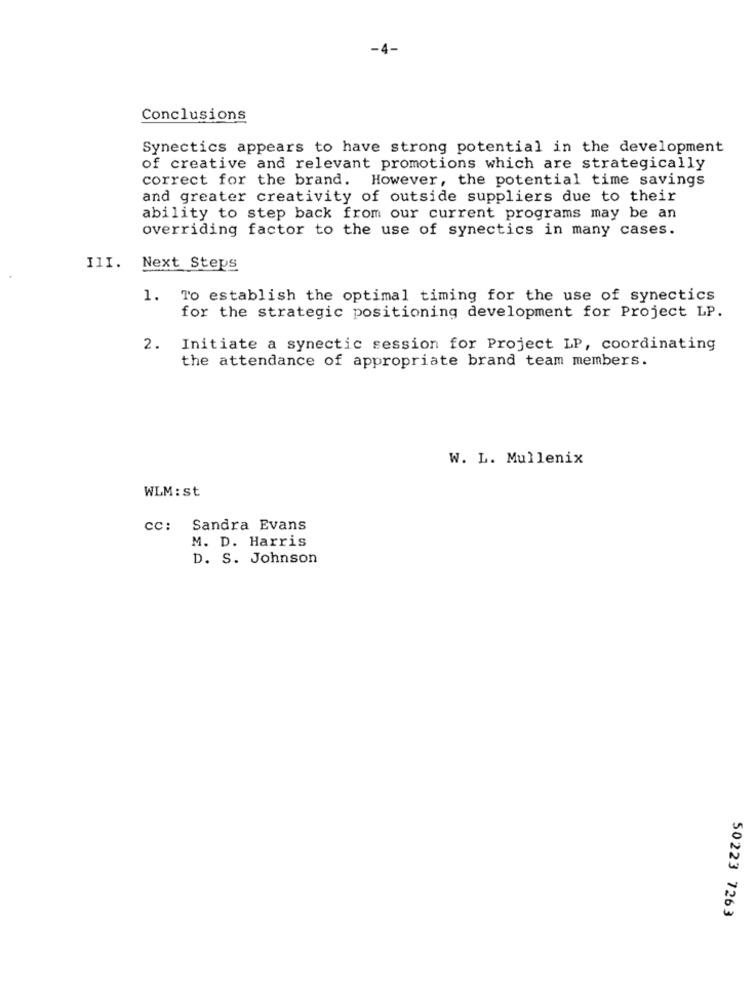
-4-
Conclusions
Synectics appears to have strong potential in the development
of creative and relevant promotions which are strategically
correct for the brand. However, the potential time savings
and greater creativity of outside suppliers due to their
ability to step back from our current programs may be an
overriding factor to the use of synectics in many cases.
III. Next Steps
1. To establish the optimal timing for the use of synectics
for the strategic positioning development for Project LP.
2. Initiate a synectic session for Project LP, coordinating
the attendance of appropriate brand team members.
W. L. Mullenix
WLM : st
cc: Sandra Evans
M. D. Harris
D. S. Johnson
50223 7263